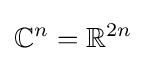
\mathbb {C} ^{n}=\mathbb {R} ^{2n}